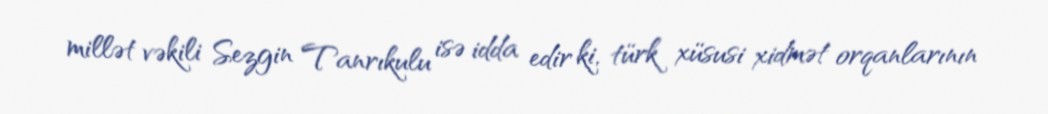
millət vəkili Sezgin Tanrıkulu isə idda edir ki, türk xüsusi xidmət orqanlarının